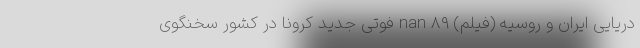
دریایی ایران و روسیه (فیلم) nan ۸۹ فوتی جدید کرونا در کشور سخنگوی